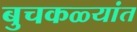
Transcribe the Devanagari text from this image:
बुचकळ्यांत